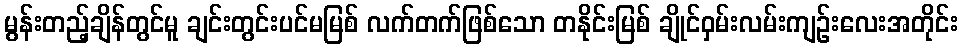
မွန်းတည့်ချိန်တွင်မူ ချင်းတွင်းပင်မမြစ် လက်တက်ဖြစ်သော တနိုင်းမြစ် ချိုင်ဝှမ်းလမ်းကျဉ်းလေးအတိုင်း